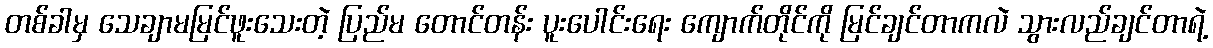
တစ်ခါမှ သေချာမမြင်ဖူးသေးတဲ့ ပြည်မ တောင်တန်း ပူးပေါင်းရေး ကျောက်တိုင်ကို မြင်ချင်တာကလဲ သွားလည်ချင်တာရဲ့